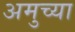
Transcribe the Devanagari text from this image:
अमुच्या